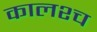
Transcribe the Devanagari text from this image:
कालश्च